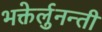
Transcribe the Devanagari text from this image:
भक्तेर्लुनन्ती